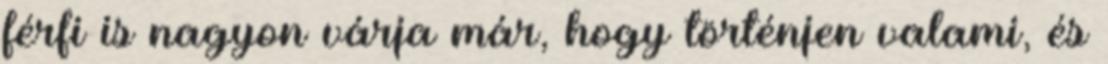
férfi is nagyon várja már, hogy történjen valami, és